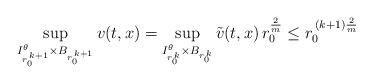
LaTeX: \begin{align*}\sup\limits_{I^\theta_{r_0^{\,k+1}} \times B_{r_0^{\,k+1}}} {v}(t,x) = \sup\limits_{I^\theta_{r_0^{\,k}} \times B_{r_0^{\,k}}} \tilde{v}(t,x) \, r_0^\frac{2}{m} \leq r_0^{\,(k+1)\frac{2}{m}} \end{align*}